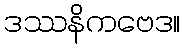
ဒဿနိကဗေဒ။